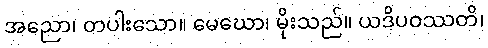
အညော၊ တပါးသော။ မေဃော၊ မိုးသည်။ ယဒိပဝဿတိ၊